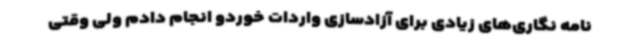
نامه نگاری‌های زیادی برای آزادسازی واردات خوردو انجام دادم ولی وقتی